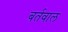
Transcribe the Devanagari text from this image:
बर्तवाल